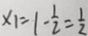
x _ { 1 } = 1 - \frac { 1 } { 2 } = \frac { 1 } { 2 }